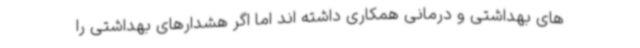
های بهداشتی و درمانی همکاری داشته اند اما اگر هشدارهای بهداشتی را